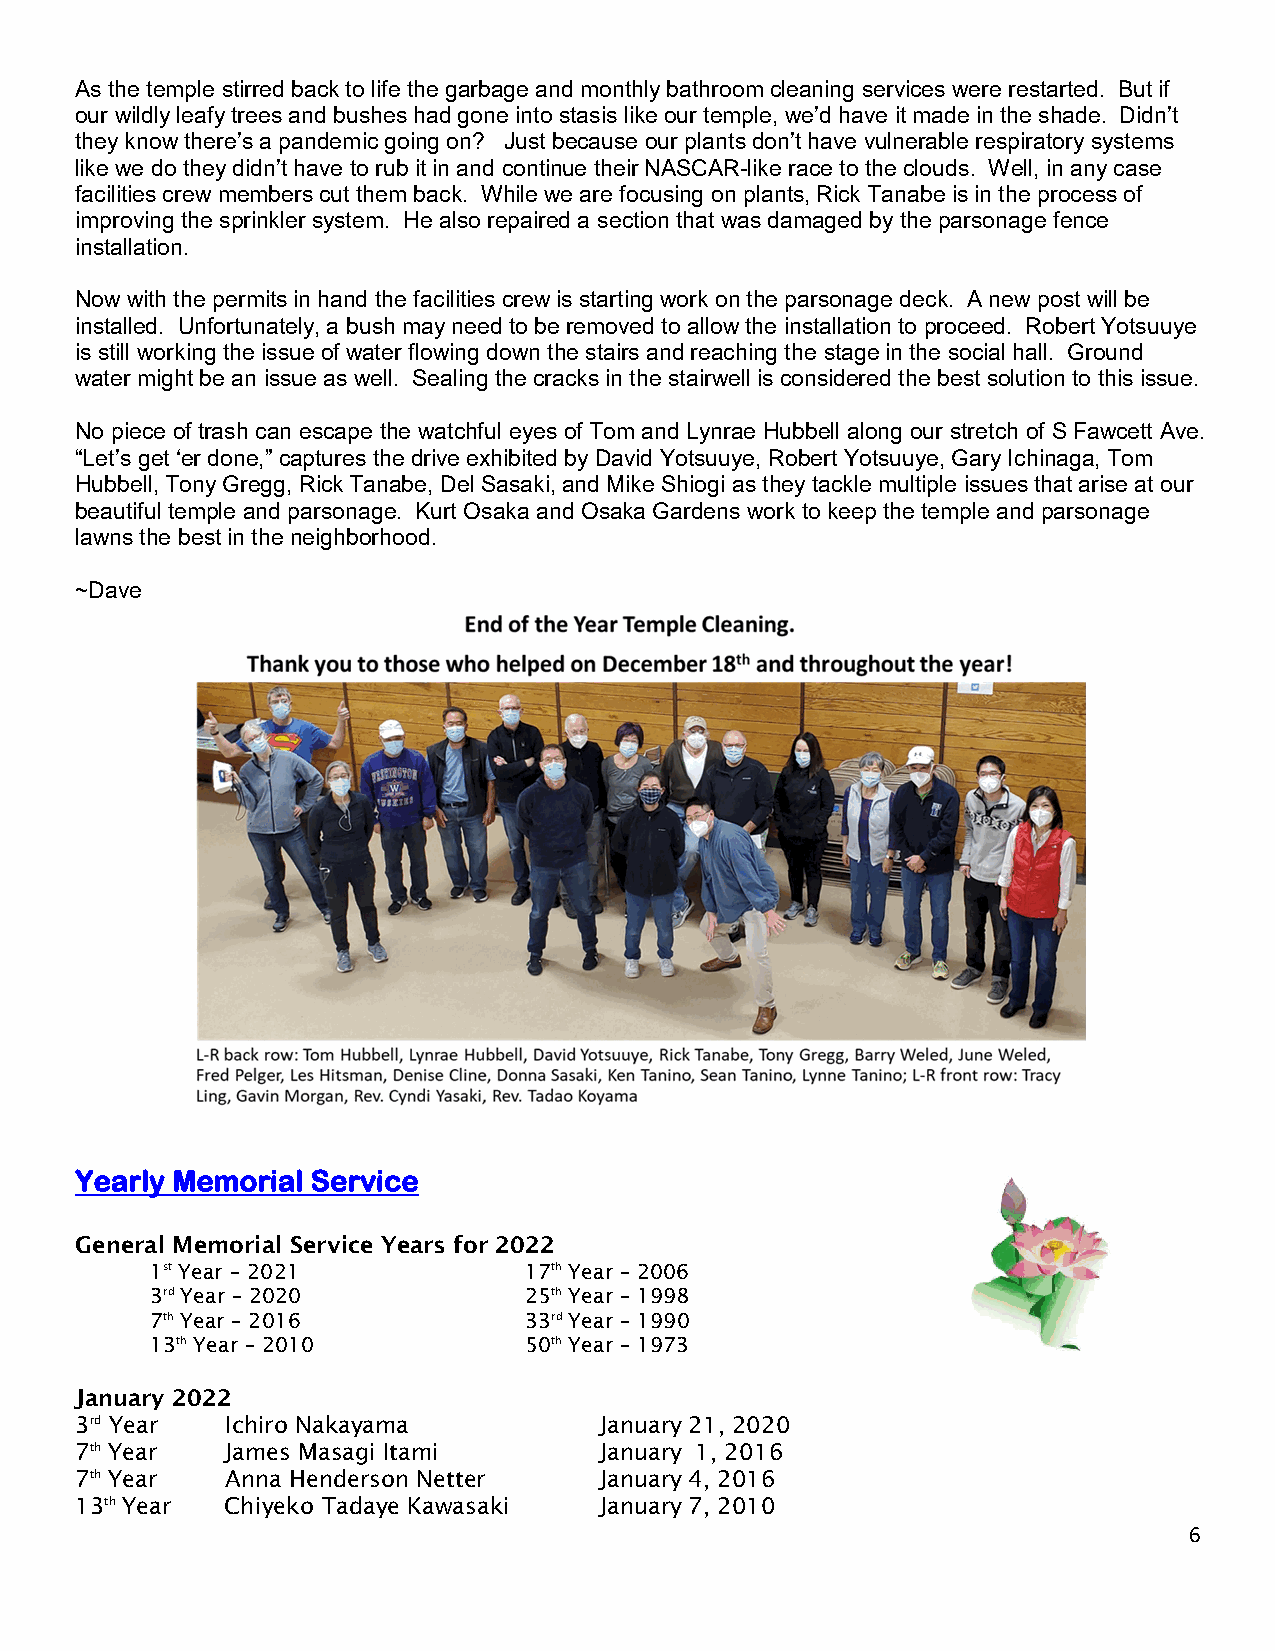
As the temple stirred back to life the garbage and monthly bathroom cleaning services were restarted. But if
 our wildly leafy trees and bushes had gone into stasis like our temple, we’d have it made in the shade. Didn’t
 they know there’s a pandemic going on? Just because our plants don’t have vulnerable respiratory systems
 like we do they didn’t have to rub it in and continue their NASCAR-like race to the clouds. Well, in any case
 facilities crew members cut them back. While we are focusing on plants, Rick Tanabe is in the process of
 improving the sprinkler system. He also repaired a section that was damaged by the parsonage fence
 installation.
 Now with the permits in hand the facilities crew is starting work on the parsonage deck. A new post will be
 installed. Unfortunately, a bush may need to be removed to allow the installation to proceed. Robert Yotsuuye
 is still working the issue of water flowing down the stairs and reaching the stage in the social hall. Ground
 water might be an issue as well. Sealing the cracks in the stairwell is considered the best solution to this issue.
 No piece of trash can escape the watchful eyes of Tom and Lynrae Hubbell along our stretch of S Fawcett Ave.
 “Let’s get ‘er done,” captures the drive exhibited by David Yotsuuye, Robert Yotsuuye, Gary Ichinaga, Tom
 Hubbell, Tony Gregg, Rick Tanabe, Del Sasaki, and Mike Shiogi as they tackle multiple issues that arise at our
 beautiful temple and parsonage. Kurt Osaka and Osaka Gardens work to keep the temple and parsonage
 lawns the best in the neighborhood.
 ~Dave
 Yearly Memorial Service
 General Memorial Service Years for 2022
 1st Year – 2021          17th Year – 2006
 3rd Year – 2020          25th Year – 1998
 7th Year – 2016          33rd Year – 1990
 13th Year – 2010         50th Year – 1973
 January 2022
 3rd Year  Ichiro Nakayama          January 21, 2020
 7th Year  James Masagi Itami       January 1, 2016
 7th Year  Anna Henderson Netter    January 4, 2016
 13th Year Chiyeko Tadaye Kawasaki  January 7, 2010
 6